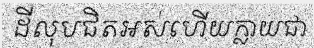
ដីលុបជិតអស់ហើយក្លាយជា